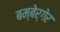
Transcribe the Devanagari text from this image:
बम्बेर्गेर